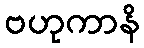
ဗဟုကာနိ